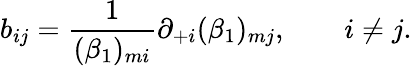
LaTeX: b_{ij}=\frac{1}{(\beta_{1})_{mi}}\partial_{+i}(\beta_{1})_{mj},\qquad i\ne j.